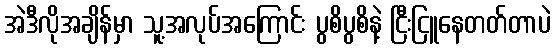
အဲဒီလိုအချိန်မှာ သူ့အလုပ်အကြောင်း ပွစိပွစိနဲ့ ငြီးငြူနေတတ်တာပဲ